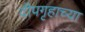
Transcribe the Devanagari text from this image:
दीपगृहाच्या